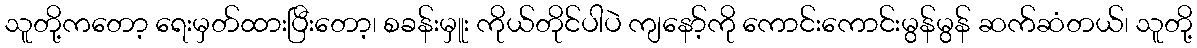
သူတို့ကတော့ ရေးမှတ်ထားပြီးတော့၊ စခန်းမှူး ကိုယ်တိုင်ပါပဲ ကျနော့်ကို ကောင်းကောင်းမွန်မွန် ဆက်ဆံတယ်၊ သူတို့